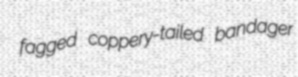
fagged coppery-tailed bandager